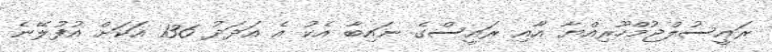
ރައީސުލްޖުމްހޫރިއްޔާ އާއި ރައީސްގެ ނައިބާ އެކު އެ އަދަދު 136 އަކަށް އުފުލޭނެ